Report of the King Institute of Preventive Medicine, Guindy
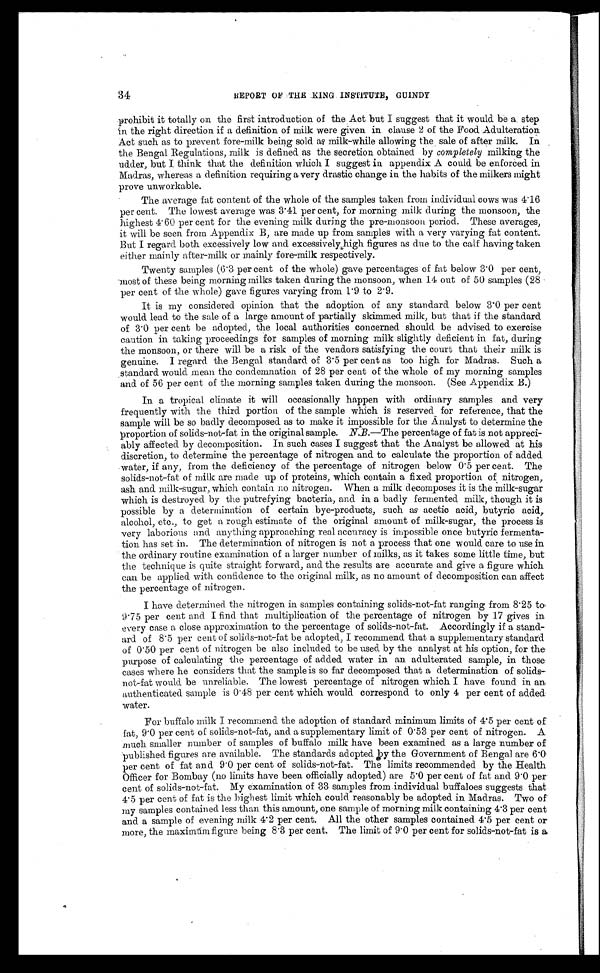
34
REPORT OF THE KING INSTITUTE, GUINDY
prohibit it totally on the first introduction of the Act but I suggest that it would be a step
in the right direction if a definition. of milk were given in clause 2 of the Food. Adulteration.
Act such as to prevent fore-milk being sold as milk-while allowing the sale of after milk. In
the Bengal Regulations, milk is defined as the secretion obtained by completely milking the
udder, but I think that the definition which I suggest in appendix A could be enforced
in Madras, whereas a definition requiring a very drastic change in the habits of the milkers might
prove unworkable.
The average fat content of the whole of the samples taken from individual cows was 4.16
per cent. The lowest average was 3.41 per cent, for morning milk during the monsoon, the
highest 4.60 per cent for the evening milk during the pre-monsoon period. These averages,
it will be seen from Appendix B, are made up from samples with a very varying fat content.
But I regard both excessively low and excessively high figures as due to the calf having taken
either mainly after-milk or mainly fore-milk respectively.
Twenty samples (6.3 per cent of the whole) gave percentages of fat below 3.0 per cent,
most of these being morning milks taken during the monsoon, when 14 out of 50 samples (28
per cent of the whole) gave figures varying from 1.9 to 2.9.
It is my considered opinion that the adoption of any standard below 3.0 per cent
would lead to the sale of a large amount of partially skimmed milk, but that if the standard
of 3.0 per cent be adopted, the local authorities concerned should be advised to exercise.
caution in taking proceedings for samples of morning milk slightly deficient in fat, during
the monsoon, or there will be a risk of the vendors satisfying the court that their milk is
genuine. I regard. the Bengal standard of 3.5 per cent as too high for Madras. Such a
standard would mean the condemnation of 28 per cent of the whole of my morning samples
and of 56 per cent of the morning samples taken during the monsoon. (See Appendix B.)
In a tropical climate it will occasionally happen with ordinary samples and very
frequently with the third portion of the sample which is reserved for reference, that the
sample will be so badly decomposed as to make it impossible for the Analyst to determine the
proportion of solids-not-fat in the original sample. N.B. —The percentage of fat is not appreci--
ably affected by decomposition. In. such cases I suggest that the Analyst be allowed at his.
discretion, to determine the percentage of nitrogen and to calculate the proportion of added
water, if any, from the deficiency of the percentage of nitrogen below 0.5 per cent. The
solids-not-fat of milk are made up of proteins, which contain a fixed proportion of nitrogen,.
ash and milk-sugar, which contain no nitrogen. When a milk decomposes it is the milk-sugar
which is destroyed by the putrefying bacteria, and in a badly fermented milk, though it is
possible by a determination of certain bye-products, such as acetic acid, butyric acid.,
alcohol, etc., to get a rough estimate of the original amount of milk-sugar, the process is
very laborious and anything approaching real accuracy is impossible once butyric fermenta
-tion has set in. The determination of nitrogen is not a process that one would care to use in
the ordinary routine examination of a larger number of milks, as it takes some little time, but
the technique is quite straight forward, and the results are accurate and give a figure which
can be applied with confidence to the original milk, as no amount of decomposition can affect
the percentage of nitrogen.
I have determined the nitrogen in samples containing solids-not-fat ranging from 8.25 to
9.75 per cent and I find that multiplication of the percentage of nitrogen by 17 gives in
every case a close approximation to the percentage of solids-not-fat. Accordingly if a stand--
ard of 8.5 per cent of solids-not-fat be adopted, I recommend that a supplementary standard
of 0.50 per cent of nitrogen be also included to be used by the analyst at his option, for the
purpose of calculating the percentage of added water in an adulterated sample, in those
cases where he considers that the sample is so far decomposed that a determination of solids-
not-fat would be unreliable. The lowest percentage of nitrogen which I have found in an
authenticated sample is 0.48 per cent which would correspond to only 4 per cent of added
water.
For buffalo milk I recommend the adoption of standard minimum limits of 4.5 per cent of
fat, 9.0 per cent of solids-not-fat, and a supplementary limit of 0.53 per cent of nitrogen. A
much smaller number of samples of buffalo milk have been examined as a large number of
published figures are available. The standards adopted by the Government of Bengal are 6.0
per cent of fat and 9.0 per cent of solids-not-fat. The limits recommended by the Health
Officer for Bombay (no limits have been officially adopted) are 5.0 per cent of fat and 9.0 per
cent of solids-not-fat. My examination of 33 samples from individual buffaloes suggests that
4.5 per cent of fat is the highest limit which could. reasonably be adopted in Madras. Two of
my samples contained less than this amount, one sample of morning milk containing 4.3 per cent
and a sample of evening milk 4.2 per cent. All the other samples contained 4.5 per cent or
more, the maximúm figure being 8.3 per cent. The limit of 9.0 per cent for solids-not-fat is a